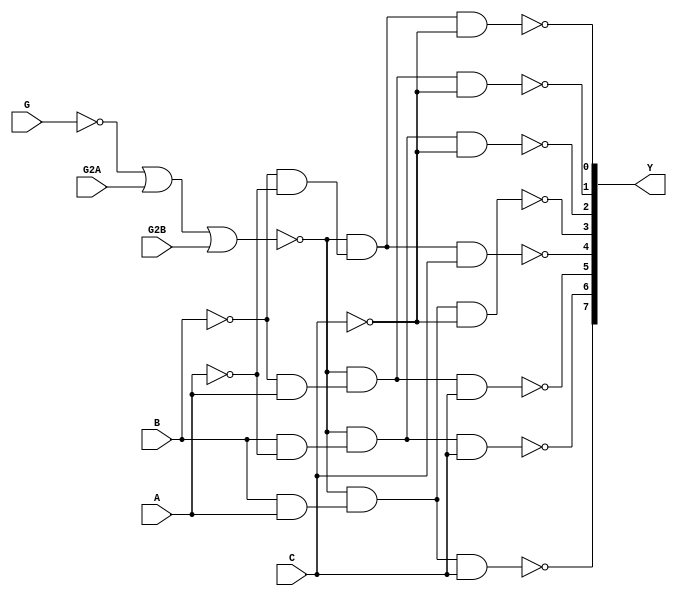
`timescale 1ns / 1ps
//////////////////////////////////////////////////////////////////////////////////
// Company: 
// Engineer: 
// 
// Design Name: 
// Module Name:    D_74LS138 
// Project Name: 
// Target Devices: 
// Tool versions: 
// Description: 
//
// Dependencies: 
//
// Revision: 
// Revision 0.01 - File Created
// Additional Comments: 
//
//////////////////////////////////////////////////////////////////////////////////

module D_74LS138(C, B, A, G, G2A,G2B, Y);
	input wire A, B, C, G, G2A, G2B;
	output wire [7:0] Y;
	not node_0_0(A_n, A),
	node_0_1(B_n, B),
	node_0_2(C_n, C),
	node_0_3(G_n, G);
	and node_1_0(D0, B_n, A_n),
	node_1_1(D1, B_n, A ),
	node_1_2(D2, B, A_n),
	node_1_3(D3, B, A );
	nor node_1_4(EN, G_n, G2A, G2B);
	nand node_2_0(Y[0], EN, D0, C_n),
	node_2_1(Y[1], EN, D1, C_n),
	node_2_2(Y[2], EN, D2, C_n),
	node_2_3(Y[3], EN, D3, C_n),
	node_2_4(Y[4], EN, D0, C ),
	node_2_5(Y[5], EN, D1, C ),
	node_2_6(Y[6], EN, D2, C ),
	node_2_7(Y[7], EN, D3, C );
endmodule